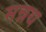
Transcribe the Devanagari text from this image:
मन्नथ